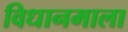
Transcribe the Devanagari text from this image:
विधानमाला